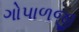
ગોપાળજી